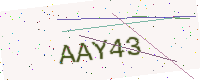
Text: AAY43